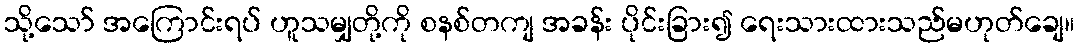
သို့သော် အကြောင်းရပ် ဟူသမျှတို့ကို စနစ်တကျ အခန်း ပိုင်းခြား၍ ရေးသားထားသည်မဟုတ်ချေ။